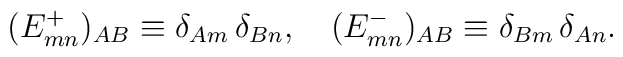
(E^+_{mn})_{AB}\equiv\delta_{Am}\,\delta_{Bn},\quad(E^-_{mn})_{AB}\equiv\delta_{Bm}\,\delta_{An}.